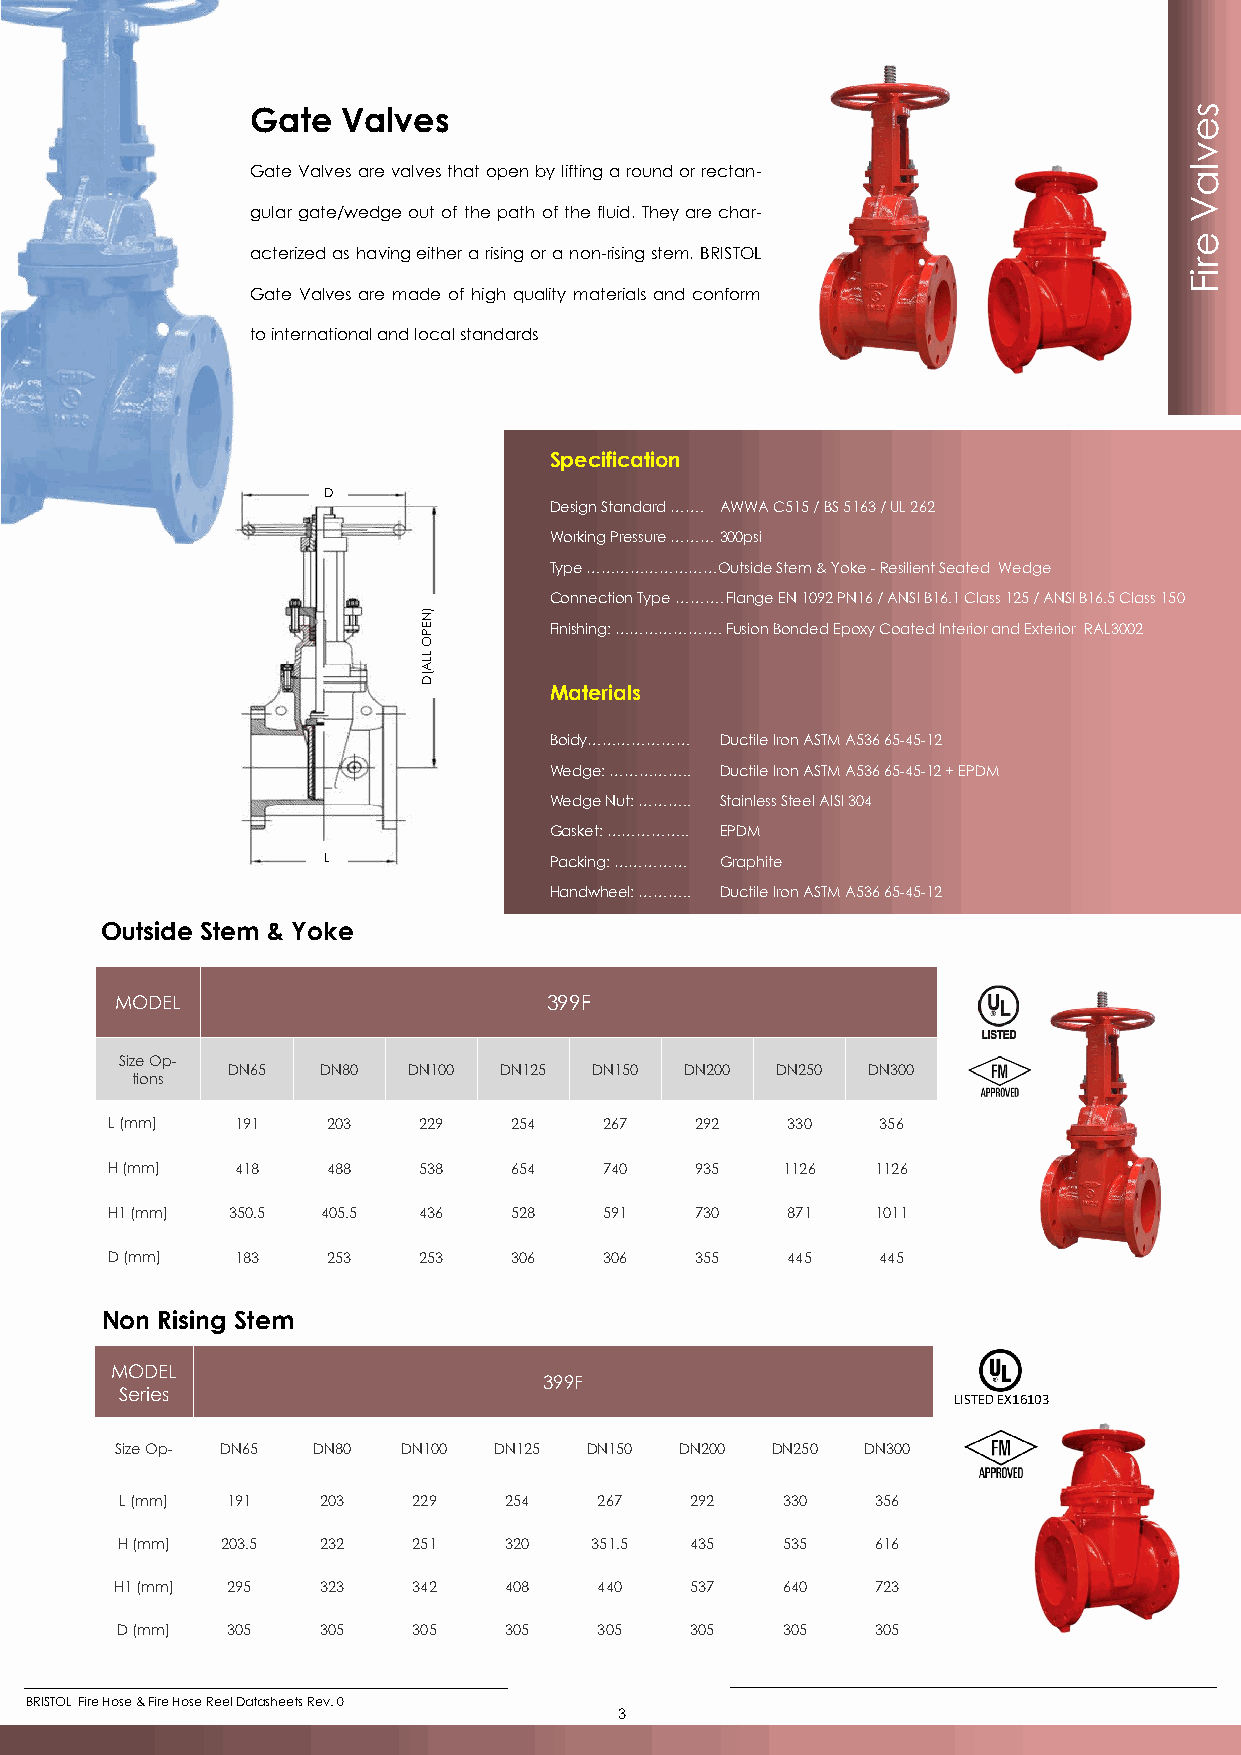
Gate  Valves                                                  s
 e
 v
 Gate Valves are valves that open by lifting a round or rectan- l a
 V
 gular gate/wedge out of the path of the fluid. They are char-
 e
 acterized as having either a rising or a non-rising stem. BRISTOL
 r
 i
 F
 Gate Valves are made of high quality materials and conform
 to international and local standards
 Specification
 D
 Design Standard ……. AWWA C515 / BS 5163 / UL 262
 Working Pressure ……… 300psi
 Type ………………………Outside Stem & Yoke - Resilient Seated Wedge
 Connection Type ………. Flange EN 1092 PN16 / ANSI B16.1 Class 125 / ANSI B16.5 Class 150
 )N
 E P     Finishing: …………………. Fusion Bonded Epoxy Coated Interior and Exterior RAL3002
 O
 LLA
 (D
 Materials
 Boidy………………… Ductile Iron ASTM A536 65-45-12
 Wedge: …………….. Ductile Iron ASTM A536 65-45-12 + EPDM
 Wedge Nut: ……….. Stainless Steel AISI 304
 Gasket: …………….. EPDM
 L              Packing: …………… Graphite
 Handwheel: ……….. Ductile Iron ASTM A536 65-45-12
 Outside Stem & Yoke
 MODEL                       399F
 Size Op-
 DN65  DN80  DN100 DN125 DN150 DN200 DN250 DN300
 tions
 L (mm)   191   203   229   254   267   292   330   356
 H (mm)   418   488   538   654   740   935   1126  1126
 H1 (mm) 350.5 405.5  436   528   591   730   871   1011
 D (mm)   183   253   253   306   306   355   445   445
 Non Rising Stem
 MODEL
 399F
 Series
 LISTED EX16103
 Size Op- DN65 DN80 DN100 DN125 DN150 DN200 DN250 DN300
 L (mm) 191   203   229   254    267   292   330   356
 H (mm) 203.5 232   251   320   351.5  435   535   616
 H1 (mm) 295  323   342   408    440   537   640   723
 D (mm) 305   305   305   305    305   305   305   305
 BRISTOL Fire Hose & Fire Hose Reel Datasheets Rev. 0
 3